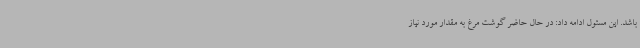
باشد. این مسئول ادامه داد: در حال حاضر گوشت مرغ به مقدار مورد نیاز